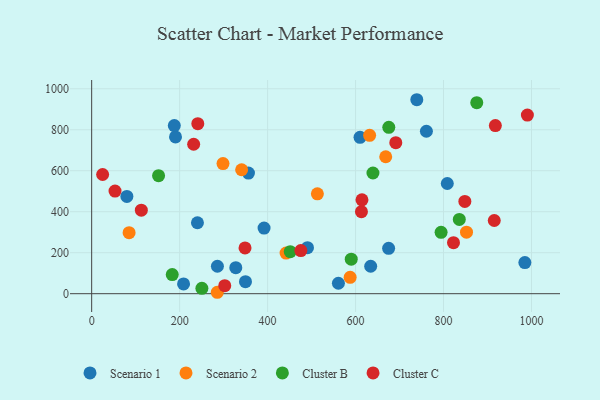
{"axis": {"x": "Speed", "y": "Rating"}, "legend": ["Cluster B", "Cluster C", "Scenario 1", "Scenario 2"], "data": [{"x": "985.0", "y": 151.7, "type": "Scenario 1"}, {"x": "808.6", "y": 537.7, "type": "Scenario 1"}, {"x": "561.0", "y": 50.9, "type": "Scenario 1"}, {"x": "190.6", "y": 764.8, "type": "Scenario 1"}, {"x": "285.9", "y": 133.8, "type": "Scenario 1"}, {"x": "187.9", "y": 820.4, "type": "Scenario 1"}, {"x": "490.7", "y": 224.7, "type": "Scenario 1"}, {"x": "739.3", "y": 946.5, "type": "Scenario 1"}, {"x": "208.9", "y": 47.7, "type": "Scenario 1"}, {"x": "80.0", "y": 474.6, "type": "Scenario 1"}, {"x": "327.7", "y": 127.0, "type": "Scenario 1"}, {"x": "240.5", "y": 346.2, "type": "Scenario 1"}, {"x": "634.4", "y": 133.9, "type": "Scenario 1"}, {"x": "761.1", "y": 792.7, "type": "Scenario 1"}, {"x": "349.7", "y": 58.8, "type": "Scenario 1"}, {"x": "356.5", "y": 588.4, "type": "Scenario 1"}, {"x": "675.2", "y": 221.6, "type": "Scenario 1"}, {"x": "392.0", "y": 320.4, "type": "Scenario 1"}, {"x": "610.2", "y": 763.0, "type": "Scenario 1"}, {"x": "285.6", "y": 6.9, "type": "Scenario 2"}, {"x": "85.1", "y": 297.9, "type": "Scenario 2"}, {"x": "632.0", "y": 772.8, "type": "Scenario 2"}, {"x": "298.6", "y": 635.0, "type": "Scenario 2"}, {"x": "513.2", "y": 487.3, "type": "Scenario 2"}, {"x": "587.7", "y": 79.8, "type": "Scenario 2"}, {"x": "668.6", "y": 668.2, "type": "Scenario 2"}, {"x": "341.0", "y": 604.9, "type": "Scenario 2"}, {"x": "442.0", "y": 198.0, "type": "Scenario 2"}, {"x": "852.3", "y": 300.0, "type": "Scenario 2"}, {"x": "675.6", "y": 811.8, "type": "Cluster B"}, {"x": "152.1", "y": 575.9, "type": "Cluster B"}, {"x": "183.2", "y": 93.4, "type": "Cluster B"}, {"x": "451.5", "y": 205.0, "type": "Cluster B"}, {"x": "250.6", "y": 26.1, "type": "Cluster B"}, {"x": "794.5", "y": 299.2, "type": "Cluster B"}, {"x": "639.6", "y": 589.0, "type": "Cluster B"}, {"x": "590.2", "y": 168.3, "type": "Cluster B"}, {"x": "875.6", "y": 932.0, "type": "Cluster B"}, {"x": "835.9", "y": 362.2, "type": "Cluster B"}, {"x": "917.9", "y": 820.2, "type": "Cluster C"}, {"x": "241.3", "y": 829.8, "type": "Cluster C"}, {"x": "691.5", "y": 736.7, "type": "Cluster C"}, {"x": "112.9", "y": 407.6, "type": "Cluster C"}, {"x": "613.4", "y": 400.2, "type": "Cluster C"}, {"x": "848.5", "y": 450.1, "type": "Cluster C"}, {"x": "990.7", "y": 871.6, "type": "Cluster C"}, {"x": "915.4", "y": 357.2, "type": "Cluster C"}, {"x": "53.1", "y": 500.7, "type": "Cluster C"}, {"x": "348.7", "y": 223.3, "type": "Cluster C"}, {"x": "822.7", "y": 249.0, "type": "Cluster C"}, {"x": "231.9", "y": 729.3, "type": "Cluster C"}, {"x": "475.6", "y": 210.6, "type": "Cluster C"}, {"x": "614.6", "y": 458.0, "type": "Cluster C"}, {"x": "302.6", "y": 39.1, "type": "Cluster C"}, {"x": "24.9", "y": 581.6, "type": "Cluster C"}]}